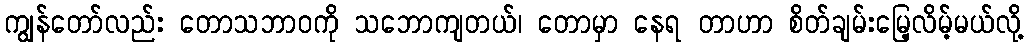
ကျွန်တော်လည်း တောသဘာဝကို သဘောကျတယ်၊ တောမှာ နေရ တာဟာ စိတ်ချမ်းမြေ့လိမ့်မယ်လို့